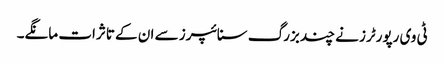
ٹی وی رپورٹرز نے چند بزرگ سنائپرز سے ان کے تاثرات مانگے۔